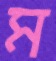
ম